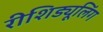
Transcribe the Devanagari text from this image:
रीशिड्यूलिंग